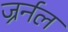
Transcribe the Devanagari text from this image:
ज्रर्नल